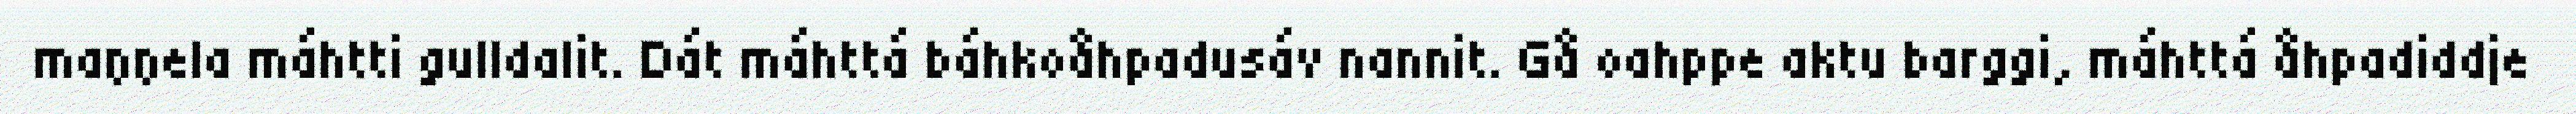
maŋŋela máhtti gulldalit. Dát máhttá báhkoåhpadusáv nannit. Gå oahppe aktu barggi, máhttá åhpadiddje